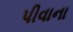
પીવાના